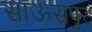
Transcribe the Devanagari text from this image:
साऊसपुर